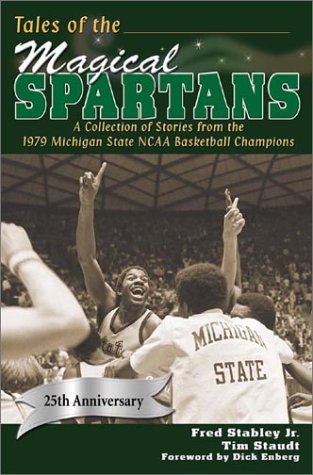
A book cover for Tales of the Magical Spartans: A Collection of Stories from the 1979 Michigan State NCAA Basketball Champions; Fred Stabley Jr.; Sports & Outdoors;